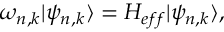
\omega _ { n , k } | \psi _ { n , k } \rangle = H _ { e f f } | \psi _ { n , k } \rangle ,